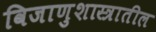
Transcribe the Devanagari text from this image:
विजाणुशास्त्रातील